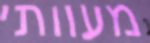
מעוותי